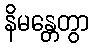
နိမန္တေတွာ